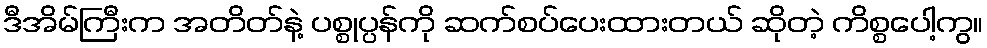
ဒီအိမ်ကြီးက အတိတ်နဲ့ ပစ္စုပ္ပန်ကို ဆက်စပ်ပေးထားတယ် ဆိုတဲ့ ကိစ္စပေါ့ကွ။